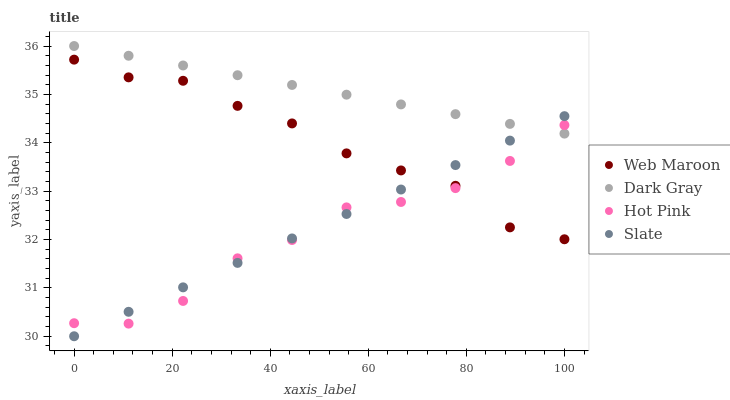
| xaxis_label | Web Maroon | Dark Gray | Hot Pink | Slate |
 | --- | --- | --- | --- | --- |
 | 0 | 35.7 | 36 | 30.3 | 30 |
 | 11.1 | 35.4 | 35.8 | 30.3 | 30.5 |
 | 22.2 | 35.3 | 35.6 | 30.7 | 31 |
 | 33.3 | 34.8 | 35.4 | 31.6 | 31.5 |
 | 44.4 | 34.4 | 35.2 | 32 | 32 |
 | 55.6 | 33.8 | 35 | 32.7 | 32.5 |
 | 66.7 | 33.4 | 34.8 | 32.8 | 33 |
 | 77.8 | 33.1 | 34.6 | 33.1 | 33.5 |
 | 88.9 | 32.3 | 34.4 | 33.6 | 34 |
 | 100 | 32 | 34.2 | 34.4 | 34.5 |